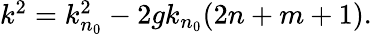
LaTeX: \begin{array}{r}{k^{2}=k_{n_{0}}^{2}-2gk_{n_{0}}(2n+m+1).}\end{array}